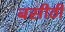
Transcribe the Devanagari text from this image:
बसीठी